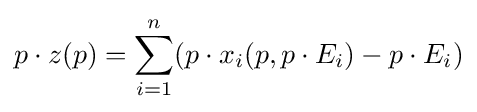
p\cdot z(p)=\sum _{i=1}^{n}(p\cdot x_{i}(p,p\cdot E_{i})-p\cdot E_{i})